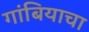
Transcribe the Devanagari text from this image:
गांबियाचा